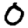
Digit: 0